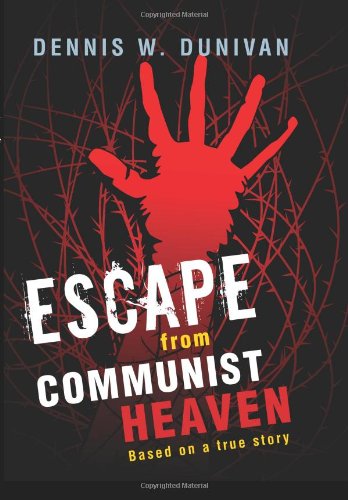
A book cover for Escape from Communist Heaven; Dennis W. Dunivan; Teen & Young Adult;